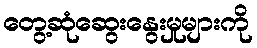
တွေ့ဆုံဆွေးနွေးမှုများကို